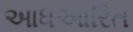
આધઆરિત